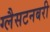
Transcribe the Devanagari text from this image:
ग्लैसटनबरी